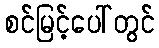
စင်မြင့်ပေါ်တွင်